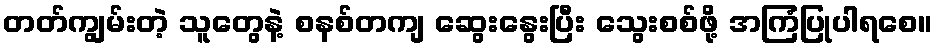
တတ်ကျွမ်းတဲ့ သူတွေနဲ့ စနစ်တကျ ဆွေးနွေးပြီး သွေးစစ်ဖို့ အကြံပြုပါရစေ။